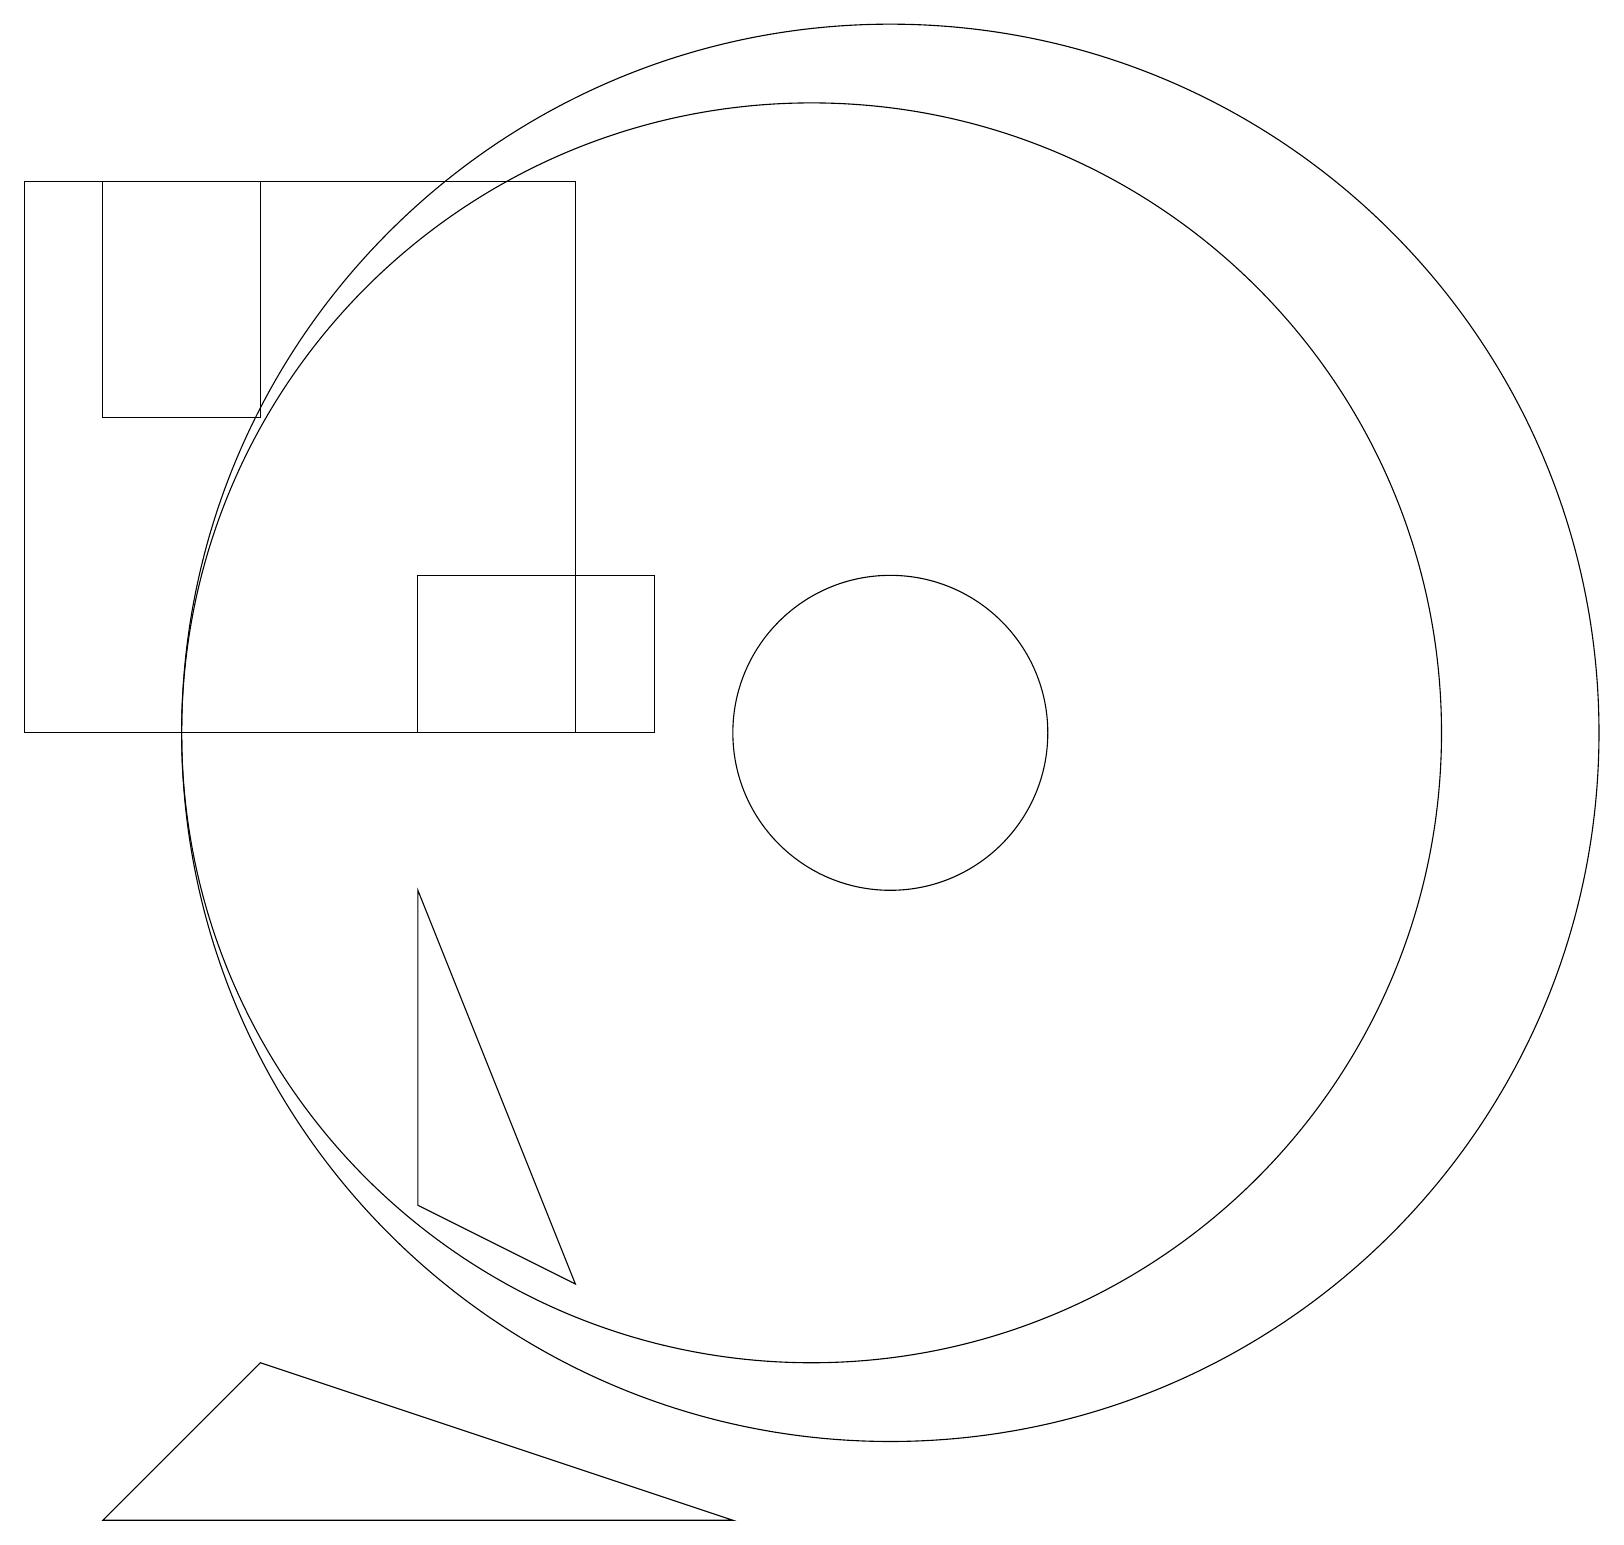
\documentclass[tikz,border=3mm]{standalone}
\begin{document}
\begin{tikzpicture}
\draw (10,11) circle (8);
\draw (0,18) rectangle (7,11);
\draw (7,4) -- (5,9) -- (5,5) -- cycle;
\draw (11,11) circle (9);
\draw (1,1) -- (3,3) -- (9,1) -- cycle;
\draw (3,18) rectangle (1,15);
\draw (5,11) rectangle (8,13);
\draw (11,11) circle (2);
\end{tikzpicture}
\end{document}